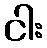
ငါး